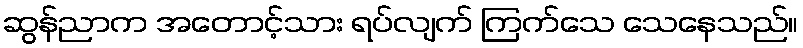
ဆွန်ညာက အတောင့်သား ရပ်လျက် ကြက်သေ သေနေသည်။